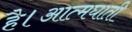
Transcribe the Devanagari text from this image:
है।आत्मघाती